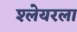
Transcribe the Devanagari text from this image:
श्लेयरला